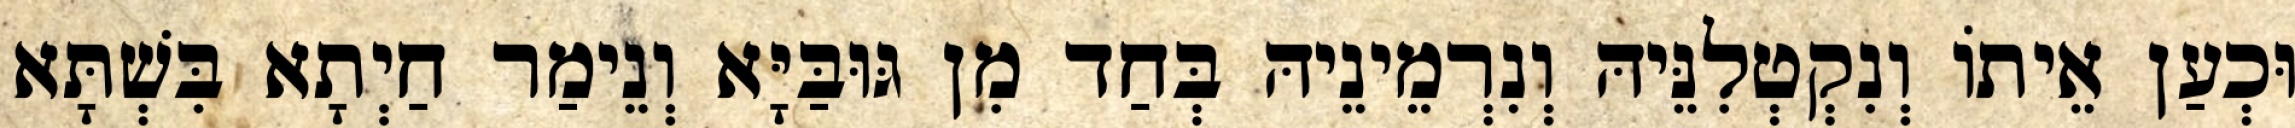
וּכְעַן אֵיתוֹ וְנִקְטְלִנֵּיהּ וְנִרְמֵינֵיהּ בְּחַד מִן גּוּבַּיָּא וְנֵימַר חַיְתָא בִּשְׁתָּא